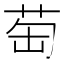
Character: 𦮍